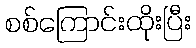
စစ်ကြောင်းထိုးပြီး